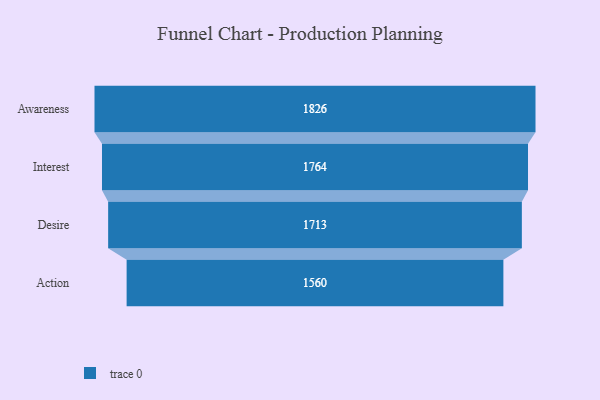
{"axis": {"x": "Stage", "y": "Value"}, "legend": [""], "data": [{"x": "Awareness", "y": 1826.0, "type": ""}, {"x": "Interest", "y": 1764.0, "type": ""}, {"x": "Desire", "y": 1713.0, "type": ""}, {"x": "Action", "y": 1560.0, "type": ""}]}